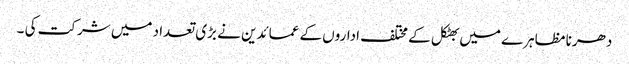
دھرنا مظاہرے میں بھٹکل کے مختلف اداروں کے عمائدین نے بڑی تعداد میں شرکت کی ۔